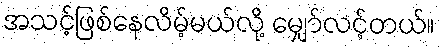
အသင့်ဖြစ်နေလိမ့်မယ်လို့ မျှော်လင့်တယ်။